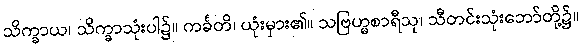
သိက္ခာယ၊ သိက္ခာသုံးပါ၌။ ကင်္ခတိ၊ ယုံးမှား၏။ သဗြဟ္မစာရီသု၊ သီတင်းသုံးဘော်တို့၌။